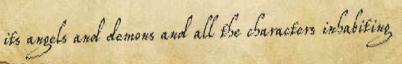
its angels and demons and all the characters inhabiting